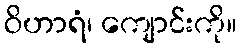
ဝိဟာရံ၊ ကျောင်းကို။